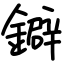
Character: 鐴